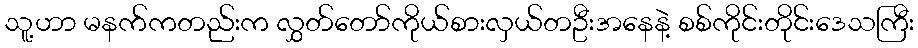
သူ့ဟာ မနက်ကတည်းက လွှတ်တော်ကိုယ်စားလှယ်တဦးအနေနဲ့ စစ်ကိုင်းတိုင်းဒေသကြီး